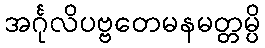
အင်္ဂုလိပဗ္ဗတေမနမတ္တမ္ပိ